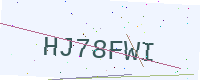
Text: HJ78FWI